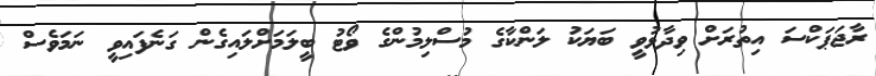
ރާޖަޕަކްސަ އިތުރަށް ވިދާޅުވީ ބަޔަކު ލަންކާގެ މުސްލިމުންގެ ވޯޓު ބީލަމަށްލައިގެން ގަނެފައިވީ ނަމަވެސް